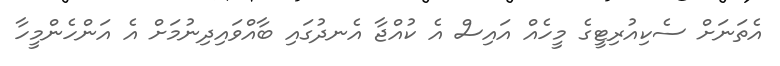
އެތަނަށް ސެކިއުރިޓީގެ މީހެއް އައިސް އެ ކުއްޖާ އެނދުގައި ބާއްވައިދިނުމަށް އެ އަންހެންމީހާ